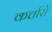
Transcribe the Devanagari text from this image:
कर्त्तारो